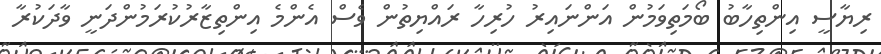
ރިޔާސީ އިންތިހާބު ބޯމަތިވަމުން އަންނައިރު ހުރިހާ ރައްޔިތުން ވެސް އެންމެ އިންތިޒާރުކުރަމުންދަނީ ވާދަކުރާ